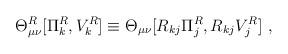
LaTeX: \begin{align*}\Theta^R_{\mu\nu}[\Pi_k^R, V_k^R]\equiv\Theta_{\mu\nu}[R_{kj}\Pi_j^R, R_{kj}V_j^R]~,\end{align*}